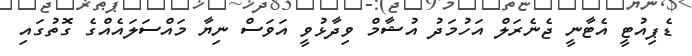
ޑެޕިއުޓީ އެޓާނީ ޖެނެރަލް އަހުމަދު އުޝާމް ވިދާޅުވީ އަވަސް ނިޔާ މައްސަލައެއްގެ ގޮތުގައި